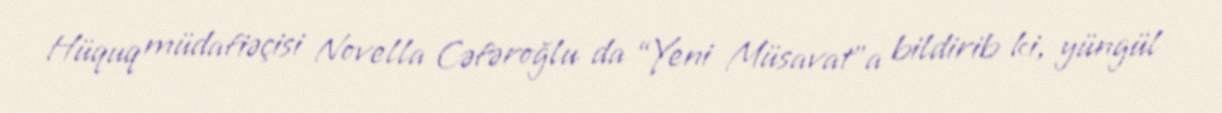
Hüquq müdafiəçisi Novella Cəfəroğlu da “Yeni Müsavat”a bildirib ki, yüngül